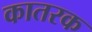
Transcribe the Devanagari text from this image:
कातरक